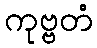
ကုဗ္ဗတံ